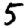
Digit: 5